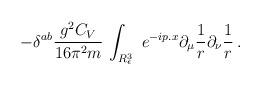
LaTeX: \begin{align*}\displaystyle -{\delta }^{ab}\frac{g^2C_V}{16\pi ^2m}\,\int_{R_\epsilon ^3}~e^{-ip.x}\partial _\mu \frac 1r\partial _\nu \frac 1r \, . \end{align*}